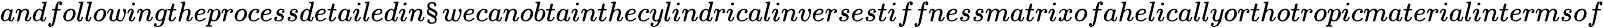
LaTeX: andfollowingtheprocessdetailedin\S wecanobtainthecylindricalinversestiffnessmatrixofahelicallyorthotropicmaterialintermsof